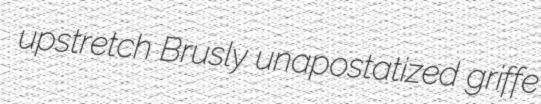
upstretch Brusly unapostatized griffe